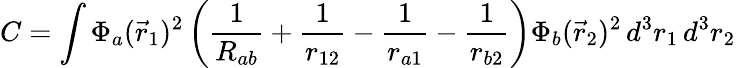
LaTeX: C=\int\Phi_{a}({\vec{r}}_{1})^{2}\left({\frac{1}{R_{ab}}}+{\frac{1}{r_{12}}}-{\frac{1}{r_{a1}}}-{\frac{1}{r_{b2}}}\right)\Phi_{b}({\vec{r}}_{2})^{2}\, d^{3}r_{1}\, d^{3}r_{2}